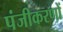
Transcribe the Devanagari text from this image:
पंजीकरणों